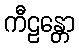
ကီဠန္တော